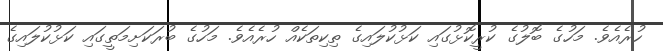
ހުރެއެވެ. މަހުގެ ބޮލުގެ ކުރީކޮޅުގައި ކަޅުކުލައިގެ ތިކިތަކެއް ހުރެއެވެ. މަހުގެ ބުރަކަށިމަތީގައި ކަޅުކުލައިގެ